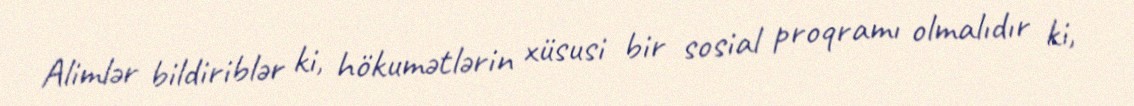
Alimlər bildiriblər ki, hökumətlərin xüsusi bir sosial proqramı olmalıdır ki,